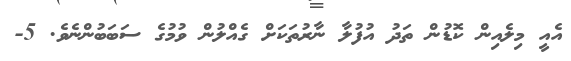
އެއީ މިލެއިން ކޮޑުން ތަދު އުފުލާ ނާރުތަކަށް ގެއްލުން ވުމުގެ ސަބަބުންނެވެ. 5-